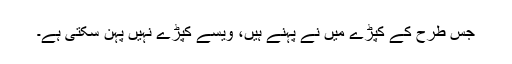
جس طرح کے کپڑے میں نے پہنے ہیں، ویسے کپڑے نہیں پہن سکتی ہے۔